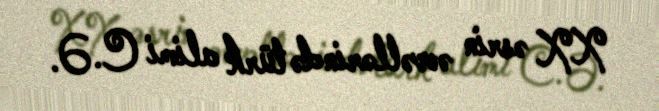
XX əsrin əvvəllərində türk alimi C.Ə.